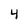
Character: 4